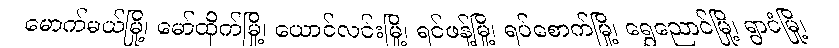
မောက်မယ်မြို့၊ မော်ထိုက်မြို့၊ ယောင်လင်းမြို့၊ ရင်ဖန့်မြို့၊ ရပ်စောက်မြို့၊ ရွှေညောင်မြို့၊ ရွာငံမြို့၊